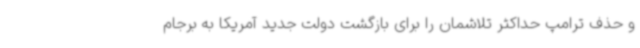
و حذف ترامپ حداکثر تلاشمان را برای بازگشت دولت جدید آمریکا به برجام